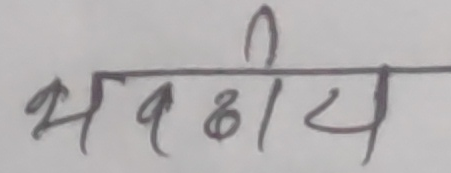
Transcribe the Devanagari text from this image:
भारतीय